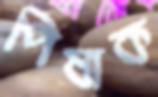
পিষাক